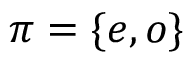
\pi = \{ e , o \}